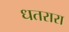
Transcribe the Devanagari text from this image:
धतरारा